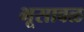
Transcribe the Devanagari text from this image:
भूसावळ